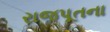
રાજપૂતના